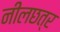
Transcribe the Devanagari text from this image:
नीलछत्र